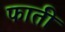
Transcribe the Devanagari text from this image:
फाती